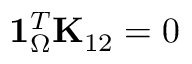
\mathbf { 1 } _ { \Omega } ^ { T } \mathbf { K } _ { 1 2 } = 0